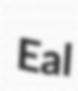
Eal